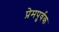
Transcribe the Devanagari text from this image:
प्रेमपुर्वक